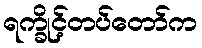
ရက္ခိုင့်တပ်တော်က